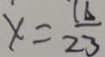
x = \frac { 1 6 } { 2 3 }